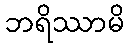
ဘရိဿာမိ